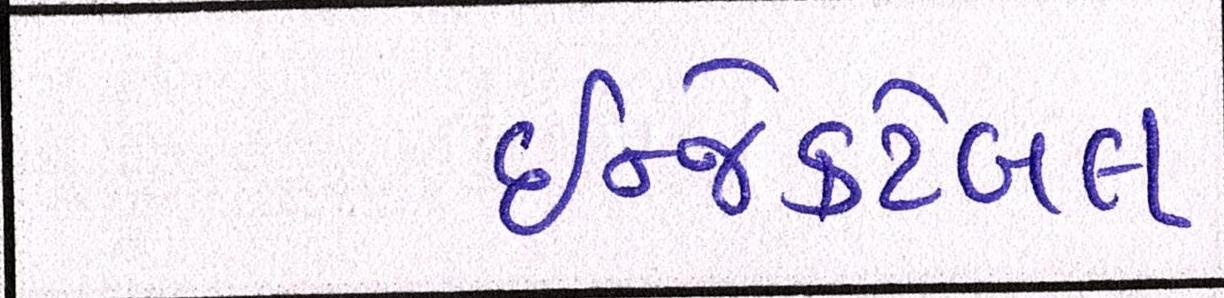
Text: ઇન્જેક્ટેબલ